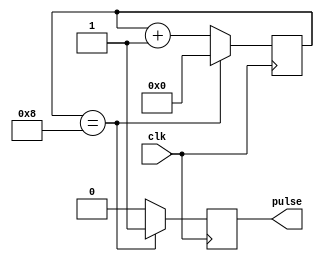
module pulse_generator(
input wire clk,
output reg pulse
);

reg [3:0] count;

always @(posedge clk) begin
    if (count == 4'b1000) begin
        pulse <= 1;
        count <= 4'b0000;
    end else begin
        pulse <= 0;
        count <= count + 1;
    end
end
endmodule